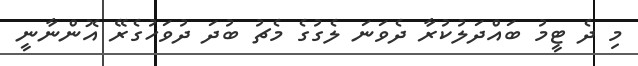
މި ދެ ޓީމު ބައްދަލުކުރާ ދެވަނަ ލެގުގެ މެޗު ބުދަ ދުވަހުގެރޭ އޮންނާނީ